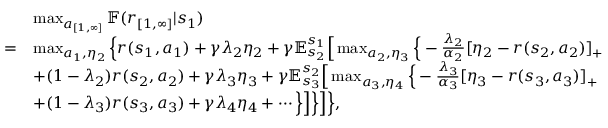
\begin{array} { r l } & { \operatorname* { m a x } _ { a _ { [ 1 , \infty ] } } \mathbb { F } ( r _ { [ 1 , \infty ] } | s _ { 1 } ) } \\ { = } & { \operatorname* { m a x } _ { a _ { 1 } , \eta _ { 2 } } \Big \{ r ( s _ { 1 } , a _ { 1 } ) + \gamma \lambda _ { 2 } \eta _ { 2 } + \gamma \mathbb { E } _ { s _ { 2 } } ^ { s _ { 1 } } \Big [ \operatorname* { m a x } _ { a _ { 2 } , \eta _ { 3 } } \Big \{ - \frac { \lambda _ { 2 } } { \alpha _ { 2 } } [ \eta _ { 2 } - r ( s _ { 2 } , a _ { 2 } ) ] _ { + } } \\ & { + ( 1 - \lambda _ { 2 } ) r ( s _ { 2 } , a _ { 2 } ) + \gamma \lambda _ { 3 } \eta _ { 3 } + \gamma \mathbb { E } _ { s _ { 3 } } ^ { s _ { 2 } } \Big [ \operatorname* { m a x } _ { a _ { 3 } , \eta _ { 4 } } \Big \{ - \frac { \lambda _ { 3 } } { \alpha _ { 3 } } [ \eta _ { 3 } - r ( s _ { 3 } , a _ { 3 } ) ] _ { + } } \\ & { + ( 1 - \lambda _ { 3 } ) r ( s _ { 3 } , a _ { 3 } ) + \gamma \lambda _ { 4 } \eta _ { 4 } + \cdots \Big \} \Big ] \Big \} \Big ] \Big \} , } \end{array}